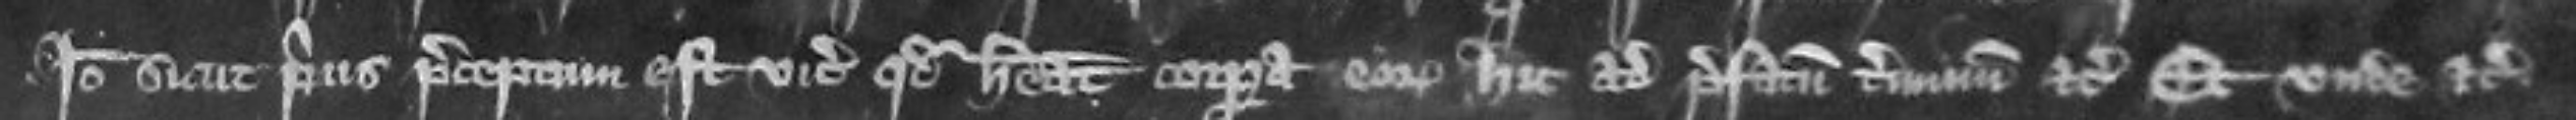
Ideo sicut prius preceptum fuit vicecomiti quod habeat corpora eorum hic ad prefatum terminum